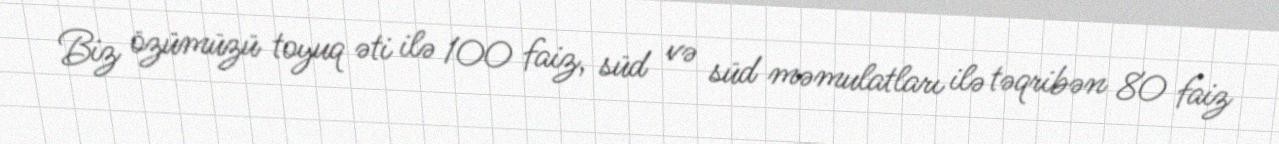
Biz özümüzü toyuq əti ilə 100 faiz, süd və süd məmulatları ilə təqribən 80 faiz